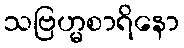
သဗြဟ္မစာရိနော